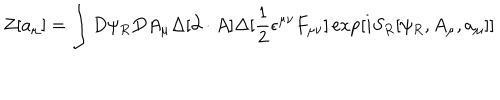
LaTeX: Z [ a _ { \mu } ] = \int D \psi _ { R } D A _ { \mu } \Delta [ \partial \cdot A ] \Delta [ \frac { 1 } { 2 } \epsilon ^ { \mu \nu } F _ { \mu \nu } ] \exp [ i S _ { R } [ \psi _ { R } , A _ { \mu } , a _ { \mu } ] ]